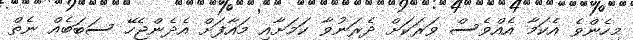
މިހެންވެ އެކަމާ އެއްވެސް ވަރަކަށް ދެރަނުވާ ކަމަށާއި މައާފަށް އެދެންޖެހޭ ސަބަބެއް ނެތް